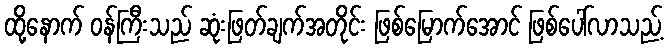
ထို့နောက် ဝန်ကြီးသည် ဆုံးဖြတ်ချက်အတိုင်း ဖြစ်မြောက်အောင် ဖြစ်ပေါ်လာသည့်